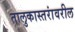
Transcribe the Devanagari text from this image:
तालुकास्तरांवरील